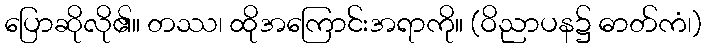
ပြောဆိုလို၏။ တဿ၊ ထိုအကြောင်းအရာကို။ (ဝိညာပန၌ ဓာတ်ကံ၊)